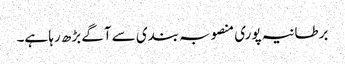
برطانیہ پوری منصوبہ بندی سے آگے بڑھ رہا ہے۔